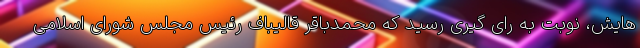
هایش، نوبت به رای گیری رسید که محمدباقر قالیباف رئیس مجلس شورای اسلامی